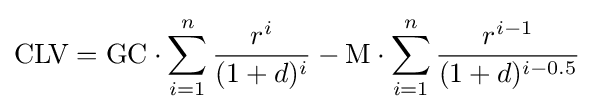
{\text{CLV}}={\text{GC}}\cdot \sum _{i=1}^{n}{\frac {r^{i}}{(1+d)^{i}}}-{\text{M}}\cdot \sum _{i=1}^{n}{\frac {r^{i-1}}{(1+d)^{i-0.5}}}